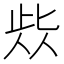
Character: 𱎷